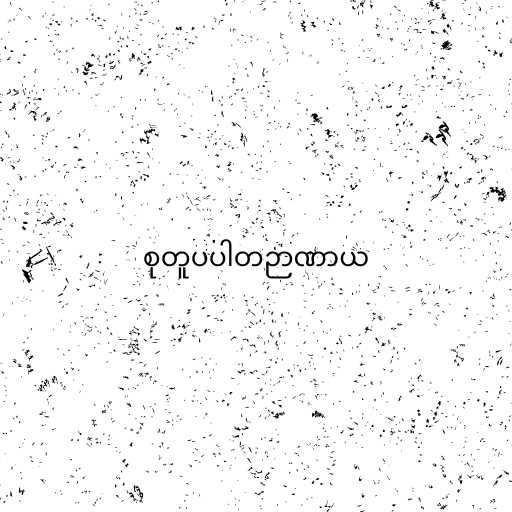
စုတူပပါတဉာဏာယ